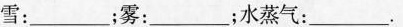
雪：_____；雾：__；水蒸气：___.